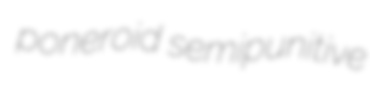
poneroid semipunitive